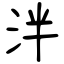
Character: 泮